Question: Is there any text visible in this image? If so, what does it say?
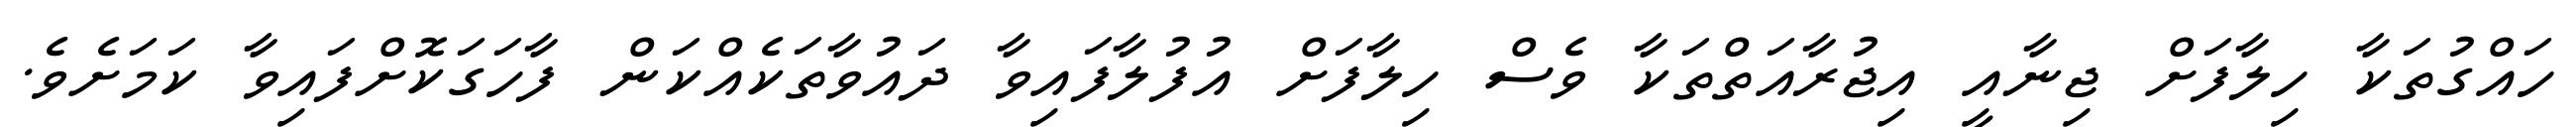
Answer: ހައްގުތަކާ ހިލާފަށް ޖިނާއީ އިޖުރާއަތްތަކާ ވެސް ހިލާފަށް އުފުލާފައިވާ ދައުވާތަކެއްކަން ފާހަގަކޮށްފައިވާ ކަމަށެވެ.